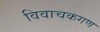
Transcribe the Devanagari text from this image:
विवाचकगण